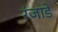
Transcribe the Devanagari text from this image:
रंजाडे